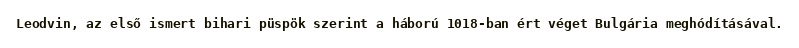
Leodvin, az első ismert bihari püspök szerint a háború 1018-ban ért véget Bulgária meghódításával.